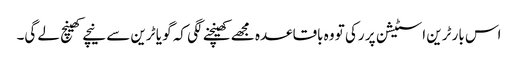
اس بار ٹرین اسٹیشن پر رکی تو وہ باقاعدہ مجھے کھینچنے لگی کہ گو یا ٹرین سے نیچے کھینچ لے گی۔